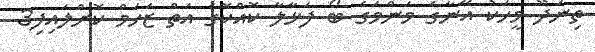
ތިނަދޫ މީހަކު އޭނާގެ މަންމަގެ ބޯ ފަޅާލާ ކޮއްކޮގެ އަތް ޒަހަމް ކޮށްލައިފި3